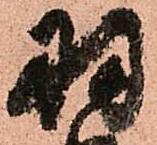
羽